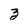
Character: 3